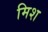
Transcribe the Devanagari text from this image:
मिश